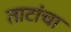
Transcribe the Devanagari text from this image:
ताटांचा